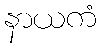
နာယကံ